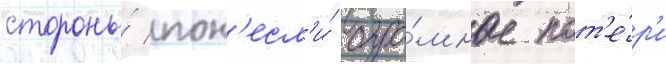
стороны́ пон'есл'и́ огро́мные пот'е́р'и